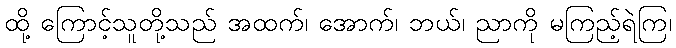
ထို့ ကြောင့်သူတို့သည် အထက်၊ အောက်၊ ဘယ်၊ ညာကို မကြည့်ရဲကြ၊